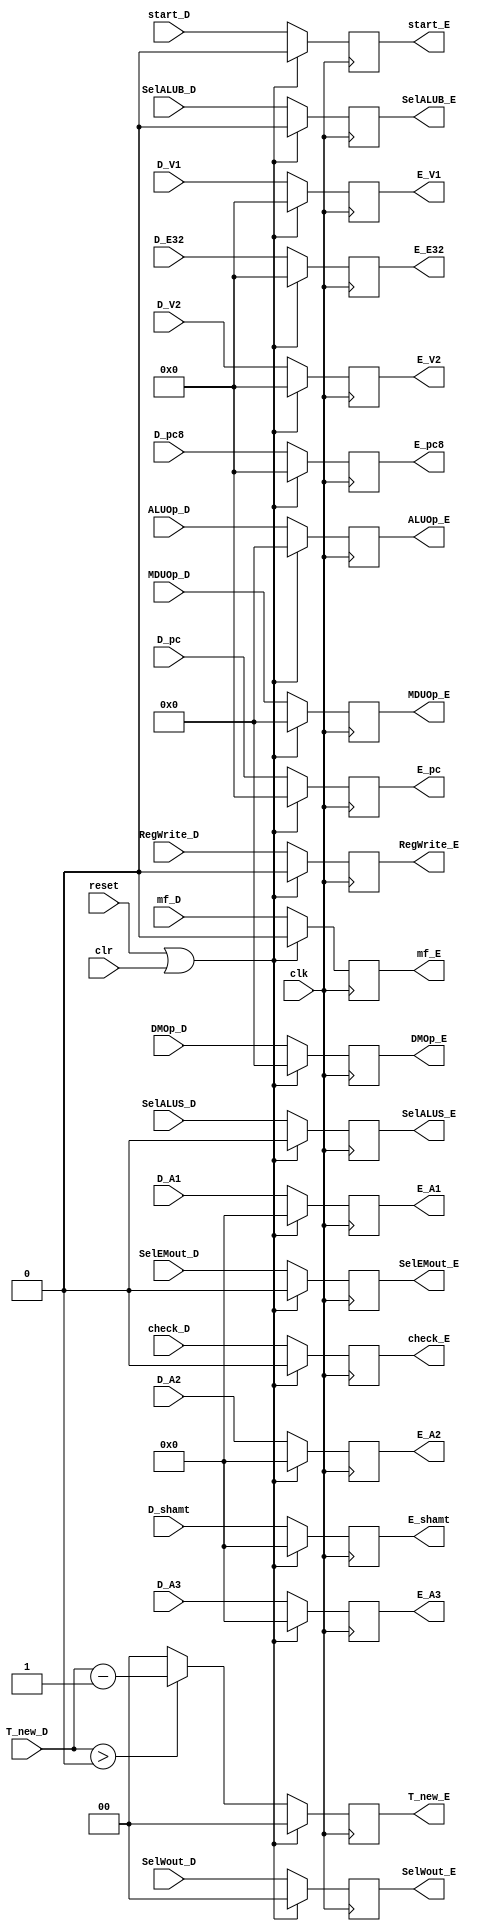
`timescale 1ns / 1ps
//////////////////////////////////////////////////////////////////////////////////
// Company: 
// Engineer: 
// 
// Design Name: 
// Module Name:    regE 
// Project Name: 
// Target Devices: 
// Tool versions: 
// Description: 
//
// Dependencies: 
//
// Revision: 
// Revision 0.01 - File Created
// Additional Comments: 
//
//////////////////////////////////////////////////////////////////////////////////
module regE(
input clk,
input reset,//tongbu reset
input clr, // stall
input [31:0] D_V1,
input [31:0] D_V2,
input [4:0] D_A1,
input [4:0] D_A2,
input [4:0] D_A3,
input check_D,
input start_D,
input mf_D,
input [4:0] D_shamt,
input [31:0] D_E32,
input [31:0] D_pc,
input [31:0] D_pc8,
input [1:0] T_new_D,
input RegWrite_D,
input [1:0] SelWout_D,
input SelEMout_D,
input SelALUB_D,
input SelALUS_D,
input [3:0] ALUOp_D,
input [3:0] DMOp_D,
input [3:0] MDUOp_D,
output [31:0] E_V1,
output [31:0] E_V2,
output [4:0] E_A1,
output [4:0] E_A2,
output [4:0] E_A3,
output check_E,
output start_E,
output mf_E,
output [4:0] E_shamt,
output [31:0] E_E32,
output [31:0] E_pc,
output [31:0] E_pc8,
output [1:0] T_new_E,
output RegWrite_E,
output SelEMout_E,
output [1:0] SelWout_E,
output SelALUB_E,
output SelALUS_E,
output [3:0] ALUOp_E,
output [3:0] DMOp_E,
output [3:0] MDUOp_E
    );
reg [31:0] V1;
reg [31:0] V2;
reg [4:0] A1;
reg [4:0] A2;
reg [4:0] A3;
reg [4:0] shamt;
reg [31:0] E32;
reg [31:0] pc;
reg [31:0] pc8;
reg [1:0] T_new;
reg RegWrite;
reg [1:0] SelWout;
reg SelEMout;
reg SelALUB;
reg SelALUS;
reg [3:0] ALUOp;
reg [3:0] DMOp;
reg [3:0] MDUOp;
reg check;
reg start;
reg mf;
always@(posedge clk) begin
	if(reset | clr) begin
	V1 <= 32'b0;
	V2 <= 32'b0;
	A1 <= 5'b0;
	A2 <= 5'b0;
	A3 <= 5'b0;
	shamt <= 5'b0;
	E32 <= 32'b0;
	pc <= 32'b0;
	pc8 <= 32'b0;
	T_new <= 2'b0;
	RegWrite <= 1'b0;
	SelWout <= 2'b0;
	SelEMout <= 1'b0;
	SelALUB <= 1'b0;
	SelALUS <= 1'b0;
	ALUOp <= 3'b0;
	DMOp <= 4'b0;
	MDUOp <= 4'b0;
	check <= 1'b0;
	start <= 1'b0;
	mf <= 1'b0;
	end
	else begin
	V1 <= D_V1;
	V2 <= D_V2;
	A1 <= D_A1;
	A2 <= D_A2;
	A3 <= D_A3;
	check <= check_D;
	start <= start_D;
	mf <= mf_D;
	shamt <= D_shamt;
	E32 <= D_E32;
	pc <= D_pc;
	pc8 <= D_pc8;
	T_new <= (T_new_D > 2'b00) ? (T_new_D - 2'b01) : 2'b00;
	RegWrite <= RegWrite_D;
	SelWout <= SelWout_D;
	SelEMout <= SelEMout_D;
	SelALUB <= SelALUB_D;
	SelALUS <= SelALUS_D;
	ALUOp <= ALUOp_D;
	DMOp <= DMOp_D;
	MDUOp <= MDUOp_D;
	end
end
assign E_V1 = V1;
assign E_V2 = V2;
assign E_A1 = A1;
assign E_A2 = A2;
assign E_A3 = A3;
assign check_E = check;
assign start_E = start;
assign mf_E = mf;
assign E_shamt = shamt;
assign E_E32 = E32;
assign E_pc = pc;
assign E_pc8 = pc8;
assign T_new_E = T_new;
assign RegWrite_E = RegWrite;
assign SelWout_E = SelWout;
assign SelEMout_E = SelEMout;
assign SelALUB_E = SelALUB;
assign SelALUS_E = SelALUS;
assign ALUOp_E = ALUOp;
assign DMOp_E = DMOp;
assign MDUOp_E = MDUOp;
endmodule